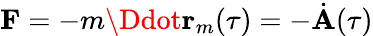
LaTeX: \textbf{F}=-m\Ddot{\textbf{r}}_{m}(\tau)=-\dot{\textbf{A}}(\tau)